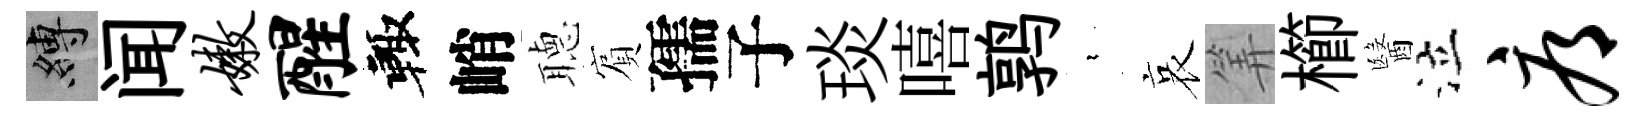
縛闻嫩醒輙峭𦗟賔孺子琰嘻鹑裊哀筭櫛醫泣辱